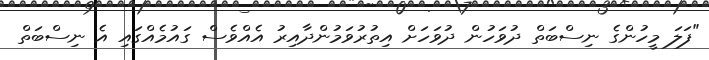
"ފަލަ މީހުންގެ ނިސްބަތް ދުވަހުން ދުވަހަށް އިތުރުވަމުންދާއިރު އެއްވެސް ގައުމެއްގައި އެ ނިސްބަތް